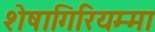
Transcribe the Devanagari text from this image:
शेषागिरियम्मा